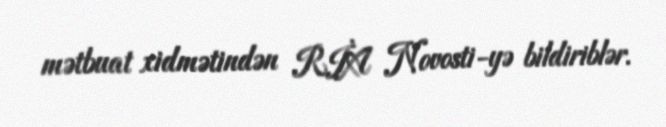
mətbuat xidmətindən RİA Novosti-yə bildiriblər.